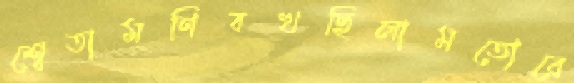
শ্বেতামণিবখছিলামতোরে